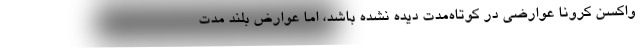
واکسن کرونا عوارضی در کوتاه‌مدت دیده نشده باشد، اما عوارض بلند مدت